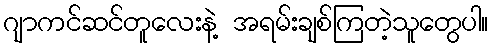
ဂျာကင်ဆင်တူလေးနဲ့ အရမ်းချစ်ကြတဲ့သူတွေပါ။